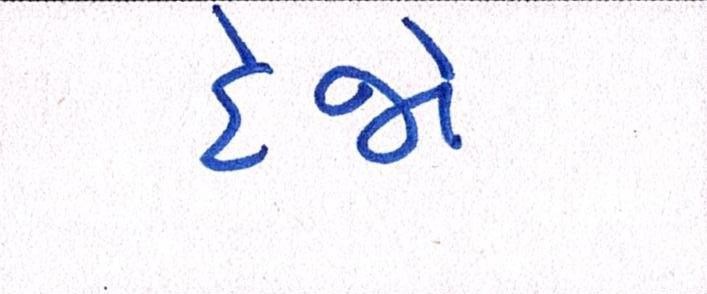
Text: દેજો